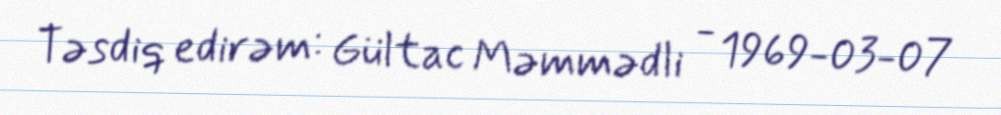
Təsdiq edirəm: Gültac Məmmədli - 1969-03-07